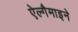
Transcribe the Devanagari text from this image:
ऐल्गैमाइने